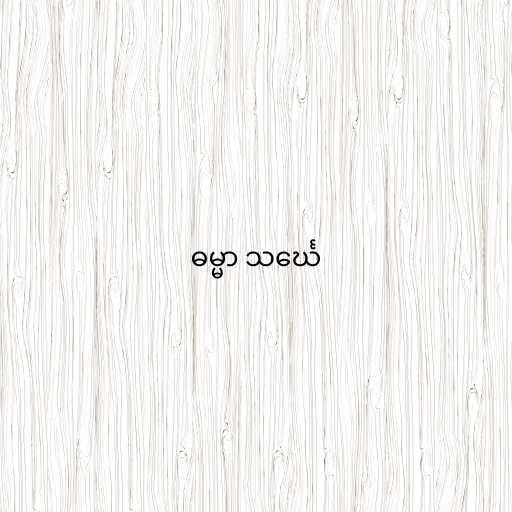
ဓမ္မာ သင်္ဃေ